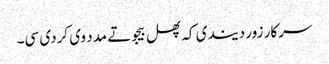
سرکار زور دیندی کہ پھل بیجو تے مدد وی کردی سی۔